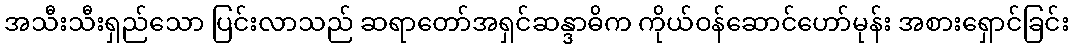
အသီးသီးရှည်သော ပြင်းလာသည် ဆရာတော်အရှင်ဆန္ဒာဓိက ကိုယ်ဝန်ဆောင်ဟော်မုန်း အစားရှောင်ခြင်း